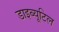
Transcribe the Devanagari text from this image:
डाइब्यूटिल